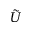
\tilde { U }